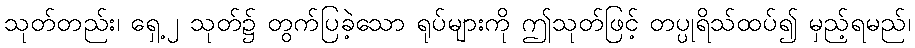
သုတ်တည်း၊ ရှေ့၂ သုတ်၌ တွက်ပြခဲ့သော ရုပ်များကို ဤသုတ်ဖြင့် တပ္ပုရိသ်ထပ်၍ မှည့်ရမည်၊